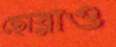
ছোব্‌লাও